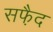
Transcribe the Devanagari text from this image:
सफै़द